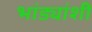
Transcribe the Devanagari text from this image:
भांड्यांशी